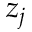
z _ { j }